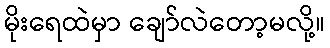
မိုးရေထဲမှာ ချော်လဲတော့မလို့။